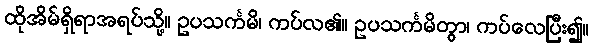
ထိုအိမ်ရှိရာအရပ်သို့။ ဥပသင်္ကမိ၊ ကပ်လ၏။ ဥပသင်္ကမိတွာ၊ ကပ်လေပြီး၍။